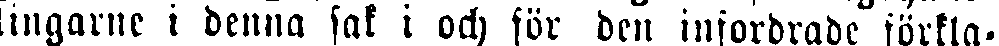
ingarne i denna sak i och för ben infordrade förkla-